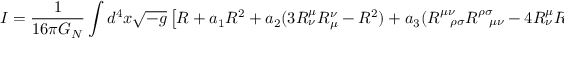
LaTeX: I = \frac { 1 } { 1 6 \pi G _ { N } } \int d ^ { 4 } x \sqrt { - g } \left[ R + a _ { 1 } R ^ { 2 } + a _ { 2 } ( 3 R _ { \nu } ^ { \mu } R _ { \mu } ^ { \nu } - R ^ { 2 } ) + a _ { 3 } ( R _ { \ \ \rho \sigma } ^ { \mu \nu } R _ { \ \ \mu \nu } ^ { \rho \sigma } - 4 R _ { \nu } ^ { \mu } R _ { \mu } ^ { \nu } + R ^ { 2 } ) \right] ,